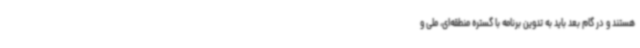
هستند و در گام بعد باید به تدوین برنامه‌ با گستره منطقه‌ای، ملی و